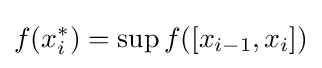
f(x_{i}^{*})=\sup f([x_{i-1},x_{i}])